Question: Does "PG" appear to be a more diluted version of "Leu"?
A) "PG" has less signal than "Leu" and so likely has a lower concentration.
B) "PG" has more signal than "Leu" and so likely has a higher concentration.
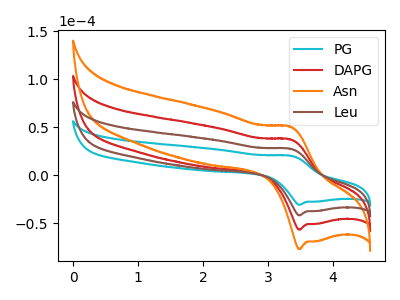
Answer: <think>The cyan curve "PG" has an anodic peak at (3.35V, 20.20uA) and a cathodic peak at (3.50V, -30.90uA). The red curve "DAPG" has an anodic peak at (3.35V, 54.75uA) and a cathodic peak at (3.50V, -83.85uA). The orange curve "Asn" has an anodic peak at (3.35V, 82.10uA) and a cathodic peak at (3.50V, -125.75uA). The brown curve "Leu" has an anodic peak at (3.35V, 27.35uA) and a cathodic peak at (3.50V, -41.90uA).
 All the peaks in "PG" have a peak in "Leu" at the same potential. Every peak in "PG" is lower than every peak in "Leu".</think>
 <answer>A) "PG" has less signal than "Leu" and so likely has a lower concentration.</answer>
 <eval>A</eval>